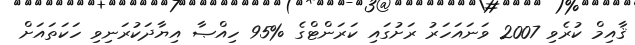
ޤާއިމް ކުރެވި 2007 ވަނައަހަރު ރަށުގައި ކަރަންޓްގެ %95 ހިއްޞާ އިޔާދަކުރަނިވި ހަކަތައަށް